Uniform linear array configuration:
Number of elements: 4
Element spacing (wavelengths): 0.75
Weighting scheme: exponential
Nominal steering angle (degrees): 30
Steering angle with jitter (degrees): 30.942
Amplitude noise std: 0.05
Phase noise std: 0.05

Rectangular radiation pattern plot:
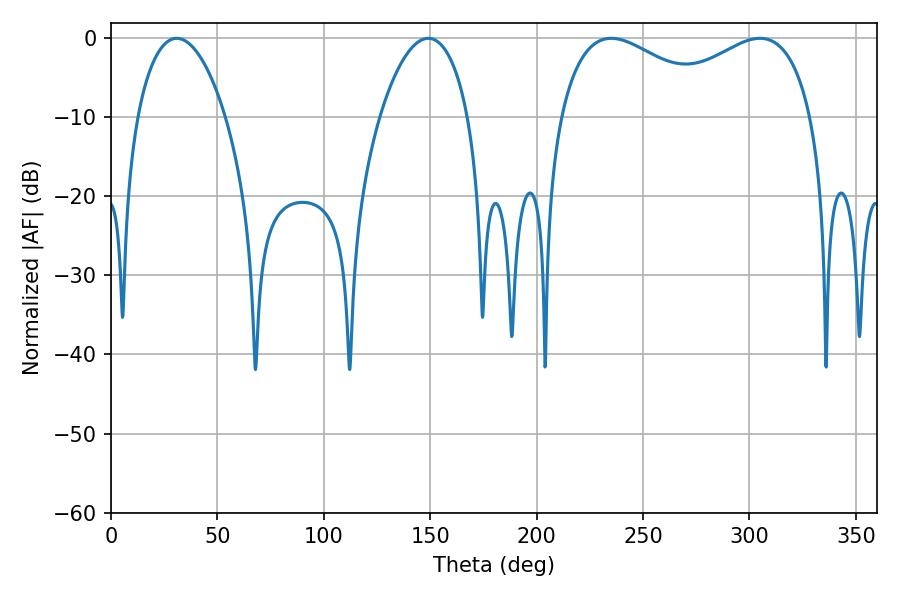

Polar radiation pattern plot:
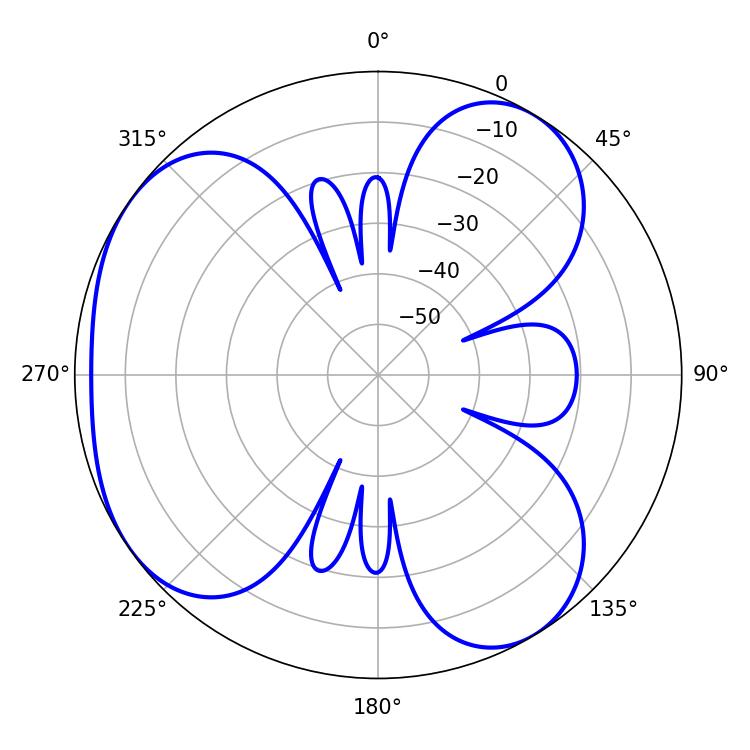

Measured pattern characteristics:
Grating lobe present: TRUE
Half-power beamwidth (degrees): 43.02
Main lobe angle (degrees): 235.08